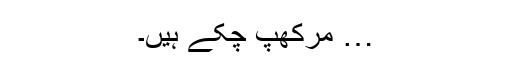
… مرکھپ چکے ہیں۔